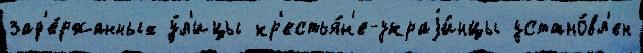
зад'е́ржанных у́л'ицы кр'естья́н'е-украjи́нцы устано́вл'ен